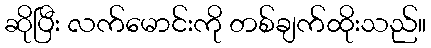
ဆိုပြီး လက်မောင်းကို တစ်ချက်ထိုးသည်။